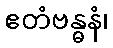
ဧတံဗန္ဓနံ၊